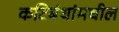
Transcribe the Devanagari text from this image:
कटिबंधांमधील